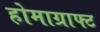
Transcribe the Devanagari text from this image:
होमाग्राफ्ट